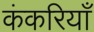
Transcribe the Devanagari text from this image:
कंकरियाँ